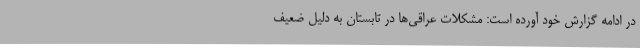
در ادامه گزارش خود آورده است: مشکلات عراقی‌ها در تابستان به دلیل ضعیف